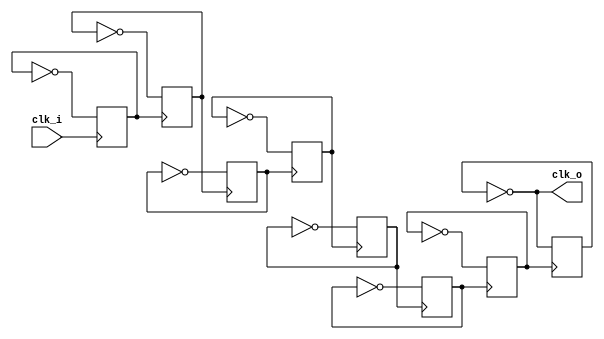
// clk_div.v
//
// clock frequency divider
//

module clk_div #(
  parameter              N_DIV = 8        // number of clock divisions
) (
  input                  clk_i,           // input clock (@ CLK_FREQ)
  output                 clk_o            // output clock (CLK_FREQ >> N_DIV)
);

  reg [N_DIV-1:0] div;  // clock divisions

  initial
    div = 1;

  always @(posedge clk_i)
    div[0] <= ~div[0];

  genvar i;
  generate
    for (i = 0; i < N_DIV-1; i = i+1)
      always @(posedge div[i])
        div[i+1] <= ~div[i+1];
  endgenerate

  assign clk_o = ~div[N_DIV-1];

endmodule

/**

# Minimizing Division Error

## Fomu Clock Divisions

| N_DIV | Frequency   | Period        | Error  |
|-------|-------------|---------------|--------|
| 0     |  48.000 MHz |  20.833... ns |  0%    |
| 10    |  46.875 kHz |  21.333... s |  0%    |
| 18    | 183.000  Hz |   5.46448  ms | -0.06% |

## TinyFPGA-BX Clock Divisions

| N_DIV | Frequency   | Period        | Error  |
|-------|-------------|---------------|--------|
| 0     |  16.000 MHz |  62.500    ns |  0%    |
| 10    |  15.625 kHz |  64.000    s |  0%    |
| 18    |  61.000  Hz |  16.39344  ms | -0.06% |

**/